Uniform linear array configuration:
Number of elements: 16
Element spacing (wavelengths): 0.75
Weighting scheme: uniform
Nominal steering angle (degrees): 30
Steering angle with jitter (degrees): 28.559
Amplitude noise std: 0.05
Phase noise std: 0.05

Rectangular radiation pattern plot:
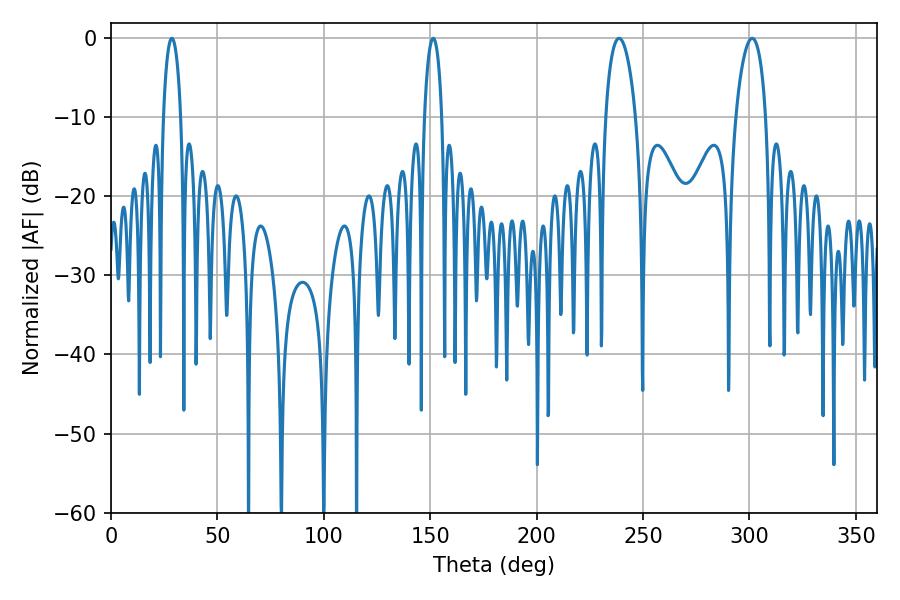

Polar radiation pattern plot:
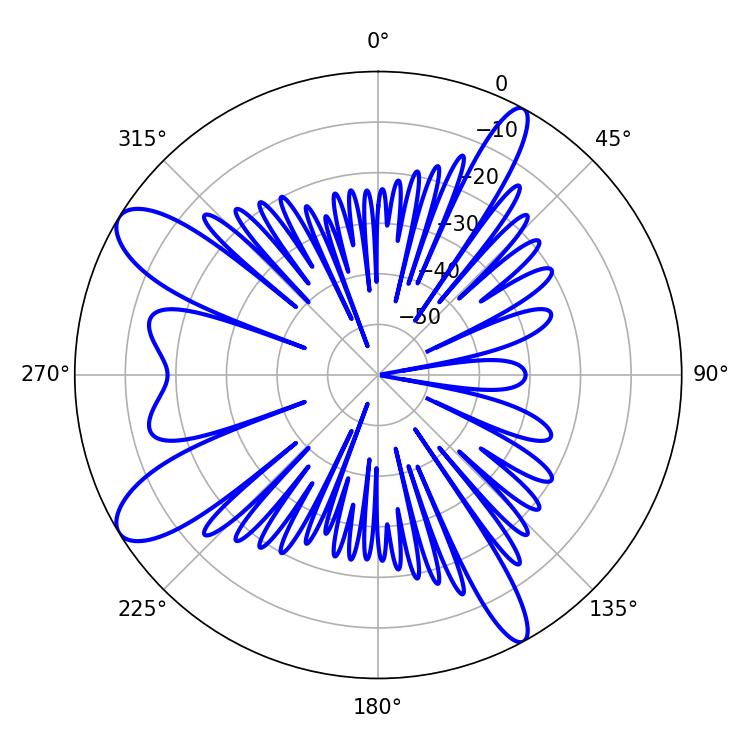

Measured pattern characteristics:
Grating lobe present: TRUE
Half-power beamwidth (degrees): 4.68
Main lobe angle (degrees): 28.62